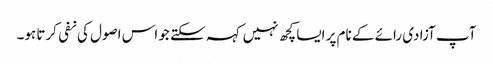
آپ آزادی رائے کے نام پر ایسا کچھ نہیں کہہ سکتے جو اس اصول کی نفی کرتا ہو۔